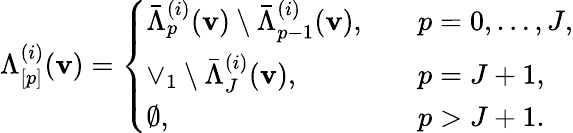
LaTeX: \begin{array}{r}{\Lambda_{[p]}^{(i)}(\mathbf{v})=\left\{ \begin{array}{ll}{\bar{\Lambda}_{p}^{(i)}(\mathbf{v})\setminus\bar{\Lambda}_{p-1}^{(i)}(\mathbf{v}),\quad}&{p=0,\dots,J,}\\ {\vee_{1}\setminus\bar{\Lambda}_{J}^{(i)}(\mathbf{v}),\quad}&{p=J+1,}\\ {\emptyset,\quad}&{p>J+1.}\end{array}\right.}\end{array}